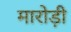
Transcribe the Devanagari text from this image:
मारोड़ी